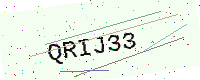
Text: QRIJ33